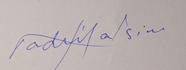
Signature authenticity: genuine